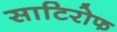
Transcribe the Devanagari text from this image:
साटिरोफ